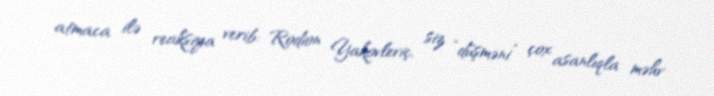
atmaca ilə reaksiya verib: Rodion Yakovleviç, siz “düşməni” çox asanlıqla məhv